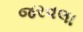
જરવલા